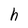
Character: h